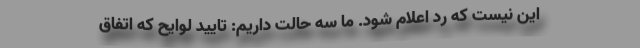
این نیست که رد اعلام شود. ما سه حالت داریم: تایید لوایح که اتفاق